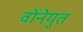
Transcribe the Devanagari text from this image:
वोंनेगुत